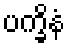
ပက္ခိနံ